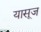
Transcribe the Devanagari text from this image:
यासूज